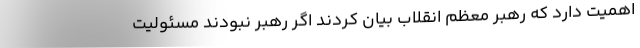
اهمیت دارد که رهبر معظم انقلاب بیان کردند اگر رهبر نبودند مسئولیت